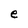
Character: e